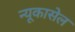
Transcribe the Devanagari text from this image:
न्यूकासेल